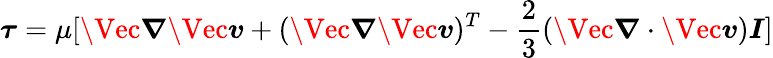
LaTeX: \boldsymbol{\tau}=\mu[\Vec{\boldsymbol{\nabla}}\Vec{\boldsymbol{v}}+(\Vec{\boldsymbol{\nabla}}\Vec{\boldsymbol{v}})^{T}-\frac{2}{3}(\Vec{\boldsymbol{\nabla}}\cdot\Vec{\boldsymbol{v}})\boldsymbol{I}]